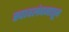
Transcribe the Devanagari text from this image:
स्वावलंबनातून